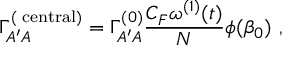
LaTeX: \Gamma _ { A ^ { \prime } A } ^ { ( \mathrm { \scriptsize ~ { c e n t r a l } } ) } = \Gamma _ { A ^ { \prime } A } ^ { ( 0 ) } \frac { C _ { F } \omega ^ { ( 1 ) } ( t ) } { N } \phi ( \beta _ { 0 } ) ~ ,